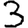
Digit: 3